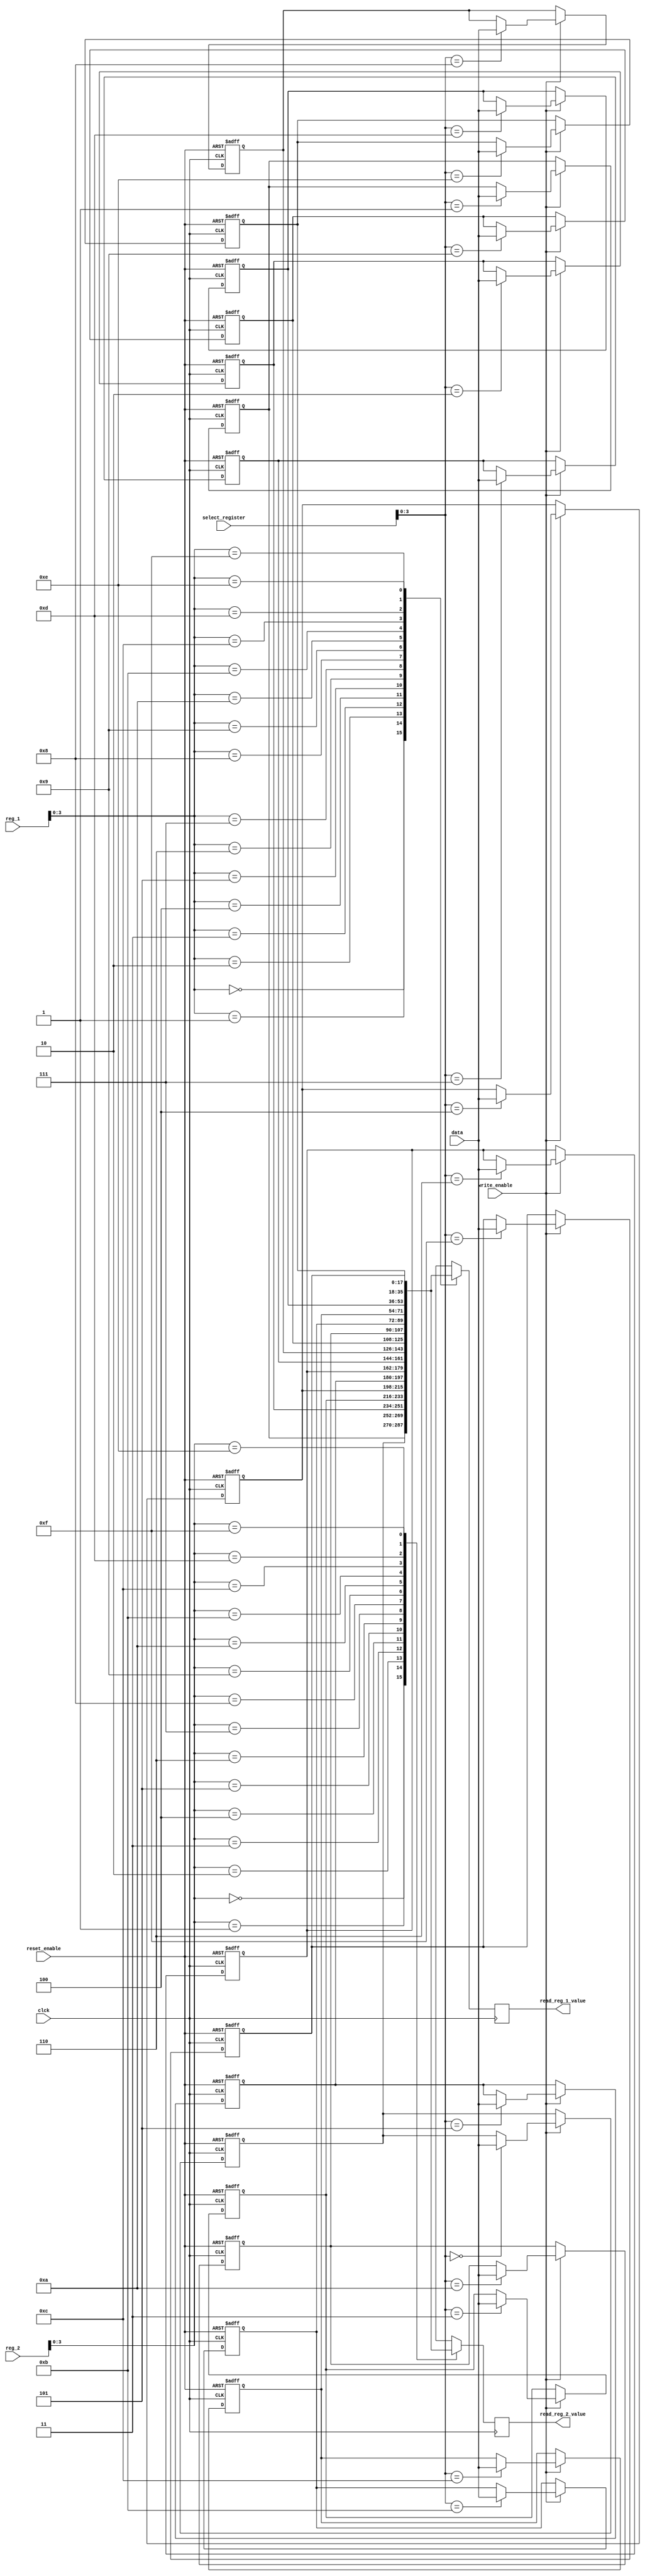
module Regfile (
  input [0:4] select_register, reg_1, reg_2,
  input [0:17] data,
  input clck, reset_enable, write_enable,
  output reg [0:17] read_reg_1_value,
  output reg [0:17] read_reg_2_value
);

  reg [0:17] registers [0:15]; // 16 adet 18-bit register
  integer i; // integer trnde bir de?i?ken tan?mla

  always @(posedge clck or posedge reset_enable) begin
    if (reset_enable) begin
      // Tm register'lar? s?f?rla
      for (i = 0; i < 16; i = i + 1) begin
        registers[i] <= 18'b0;
      end
    end
    else if (write_enable) begin
      // write_enable aktifse belirtilen register'a data de?erini yaz
      registers[select_register] <= data;
    end
  end

  always @(posedge clck) begin
    // reg_1 ve reg_2 register'lar?ndan oku
    read_reg_1_value <= registers[reg_1];
    read_reg_2_value <= registers[reg_2];
  end

endmodule